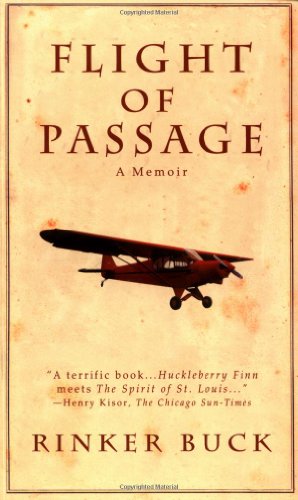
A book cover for Flight of Passage: A Memoir; Rinker Buck; Biographies & Memoirs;